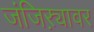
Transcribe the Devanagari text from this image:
जंजिऱ्यावर